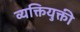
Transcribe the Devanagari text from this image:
व्यक्तियुक्ती